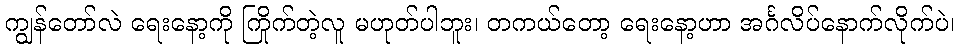
ကျွန်တော်လဲ ရေးနော့ကို ကြိုက်တဲ့လူ မဟုတ်ပါဘူး၊ တကယ်တော့ ရေးနော့ဟာ အင်္ဂလိပ်နောက်လိုက်ပဲ၊